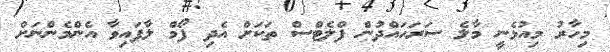
މިހާރު މިއުޅެނީ މާލެ ސަރަހައްދުން ފްލެޓްސް ތަކަށް އެދި ފޯމް ލާފައިވާ އެންމެންނަށް